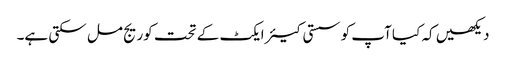
دیکھیں کہ کیا آپ کو سستی کیئر ایکٹ کے تحت کوریج مل سکتی ہے۔